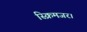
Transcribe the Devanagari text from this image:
स्क्रिमजर।